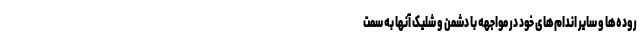
روده‌ها و سایر اندام‌های خود در مواجهه با دشمن و شلیک آنها به سمت